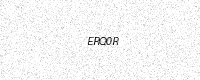
Text: ERQ0R